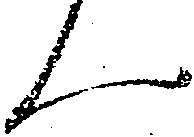
ん